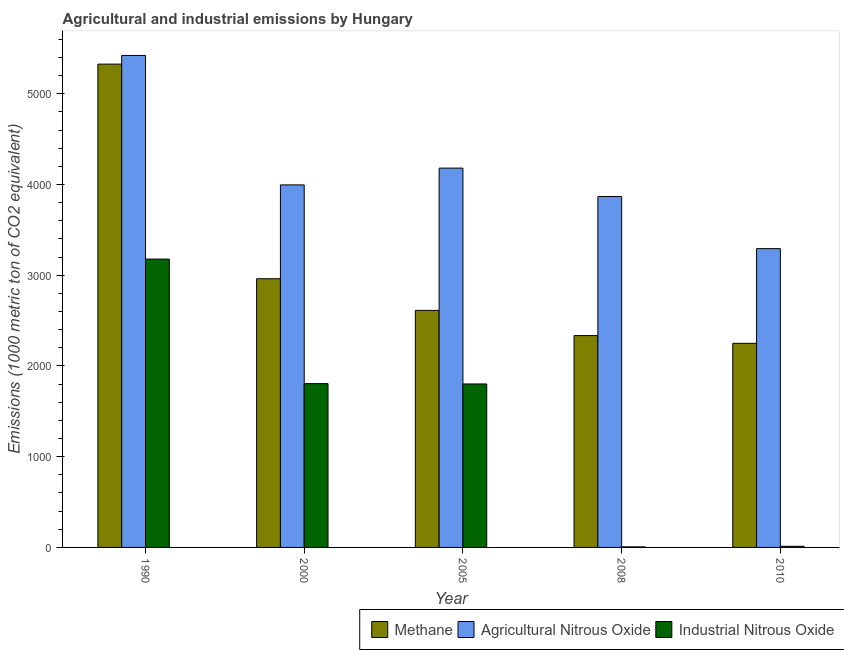
| Year | Methane | Agricultural Nitrous Oxide | Industrial Nitrous Oxide |
 | --- | --- | --- | --- |
 | 1990 | 5.33e+03 | 5.42e+03 | 3.18e+03 |
 | 2000 | 2.96e+03 | 4e+03 | 1.81e+03 |
 | 2005 | 2.61e+03 | 4.18e+03 | 1.8e+03 |
 | 2008 | 2.34e+03 | 3.87e+03 | 6 |
 | 2010 | 2.25e+03 | 3.29e+03 | 12.5 |